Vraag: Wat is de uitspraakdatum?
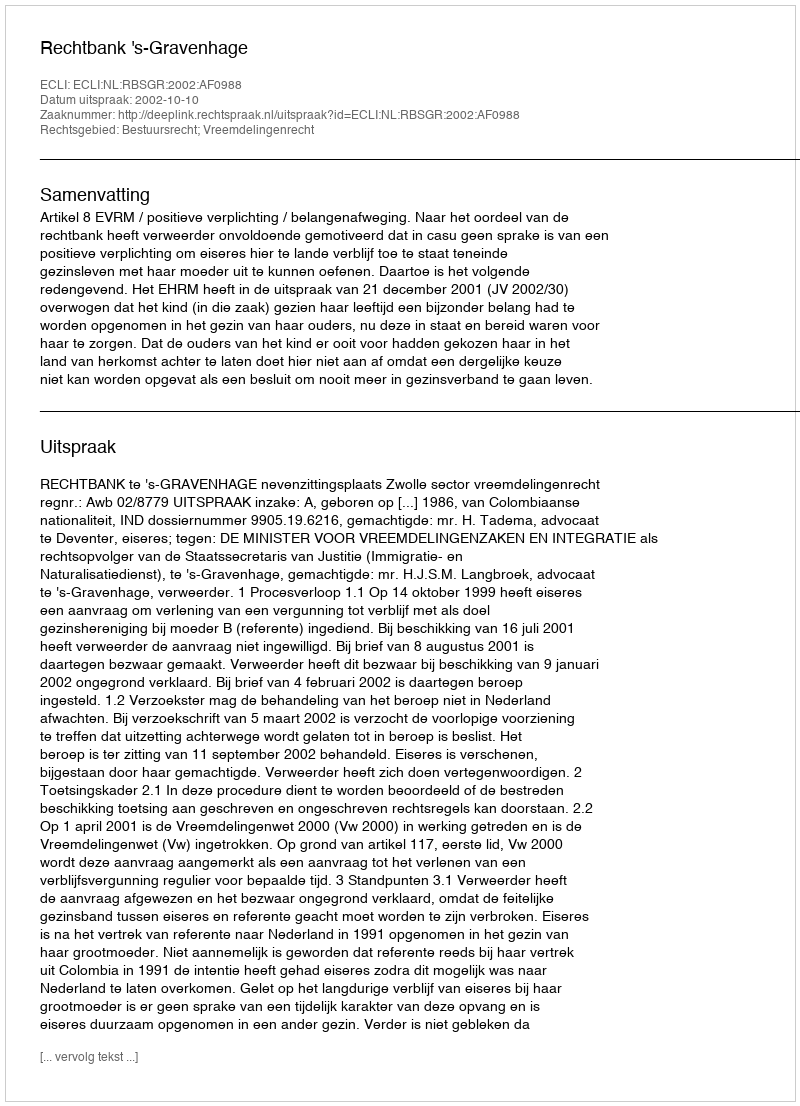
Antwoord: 2002-10-10